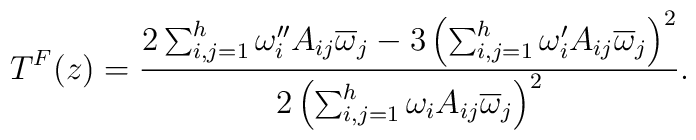
T^F(z)={2\sum_{i,j=1}^h\omega_i''A_{ij}\overline \omega_j-3\left(\sum_{i,j=1}^h\omega_i'A_{ij}\overline\omega_j\right)^2\over 2\left(\sum_{i,j=1}^h\omega_iA_{ij}\overline\omega_j\right)^2}.